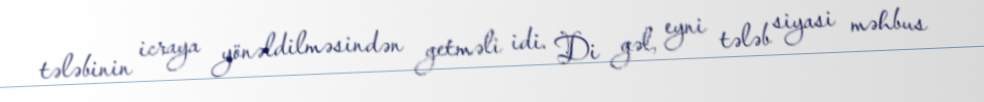
tələbinin icraya yönəldilməsindən getməli idi. Di gəl, eyni tələb siyasi məhbus